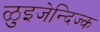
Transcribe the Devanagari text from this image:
ळुइजेन्दिज्क